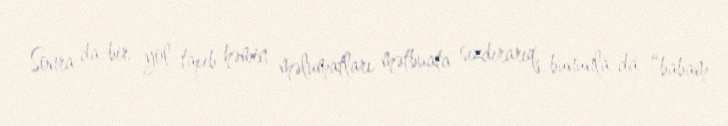
Sonra da bir yol tapıb həmin məlumatları mətbuata sızdırarıq, bununla da “babam